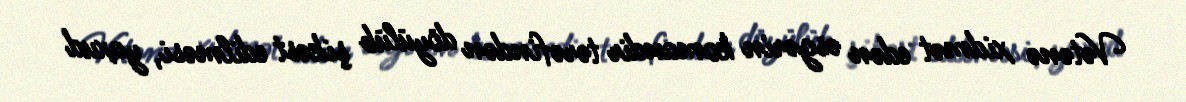
Vətənə xidmət edən əsgərin komandir tərəfindən döyülüb şikəst edilməsi, yaxud